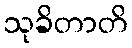
သုခိတာတိ